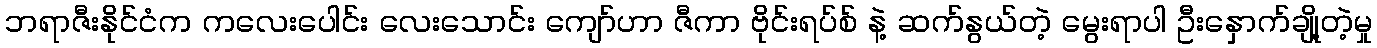
ဘရာဇီးနိုင်ငံက ကလေးပေါင်း လေးသောင်း ကျော်ဟာ ဇီကာ ဗိုင်းရပ်စ် နဲ့ ဆက်နွယ်တဲ့ မွေးရာပါ ဦးနှောက်ချို့တဲ့မှု